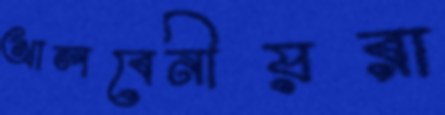
আলবেনীয়রা